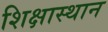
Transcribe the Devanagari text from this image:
शिक्षास्थान